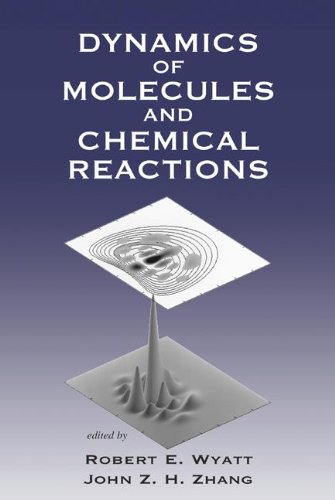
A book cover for Dynamics of Molecules and Chemical Reactions; Science & Math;